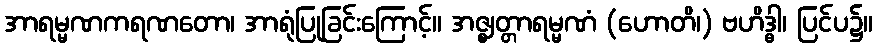
အာရမ္မဏကရဏတော၊ အာရုံပြုခြင်းကြောင့်။ အဇ္ဈတ္တာရမ္မဏံ (ဟောတိ၊) ဗဟိဒ္ဓါ၊ ပြင်ပ၌။